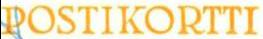
POSTIKORTTI